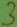
Text: 3